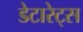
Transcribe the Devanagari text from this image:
डेटारेट्स